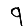
Digit: 9